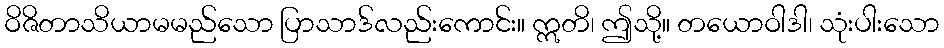
ဝိဇိတာသိယာမမည်သော ပြာသာဒ်လည်းကောင်း။ ဣတိ၊ ဤသို့။ တယောဝါဒါ၊ သုံးပါးသော